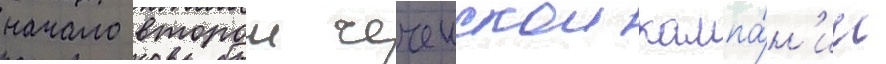
начало второи чеченскои кампа́н'ии